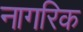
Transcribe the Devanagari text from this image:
नागरिक